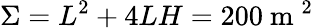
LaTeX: \Sigma=L^{2}+4LH=200\mathrm{~m~}^{2}